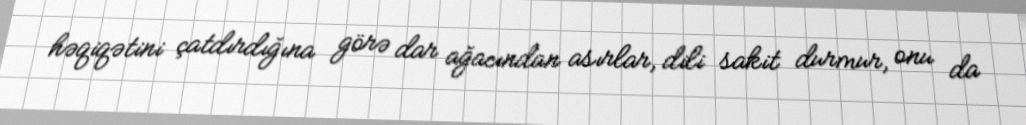
həqiqətini çatdırdığına görə dar ağacından asırlar, dili sakit durmur, onu da